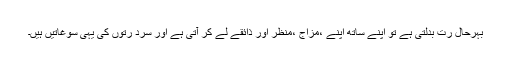
بہرحال رُت بدلتی ہے تو اپنے ساتھ اپنے ،مزاج ،منظر اور ذائقے لے کر آتی ہے اور سرد رُتوں کی یہی سوغاتیں ہیں۔